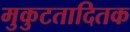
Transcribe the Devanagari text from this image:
मुकुटतादितक